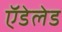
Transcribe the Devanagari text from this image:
ऍडेलेड